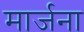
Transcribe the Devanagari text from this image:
मार्जना